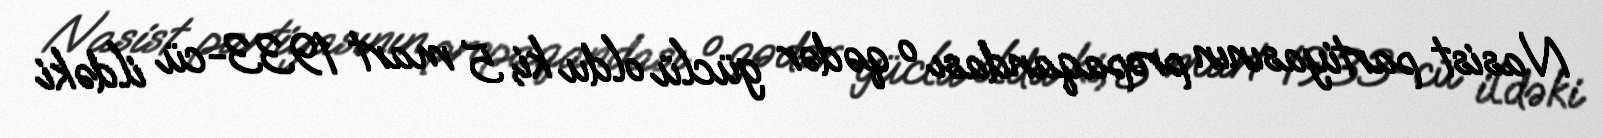
Nasist partiyasının propaqandası o qədər güclü oldu ki, 5 mart 1933-cü ildəki